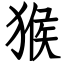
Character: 猴